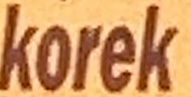
korek